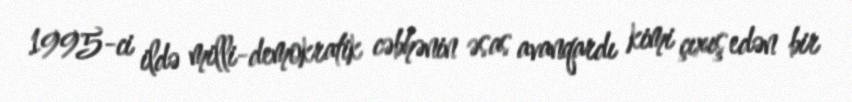
1995-ci ildə milli-demokratik cəbhənin əsas avanqardı kimi çıxış edən bir